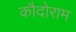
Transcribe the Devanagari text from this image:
कौदोराम